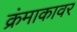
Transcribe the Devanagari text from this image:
क्रंमाकावर